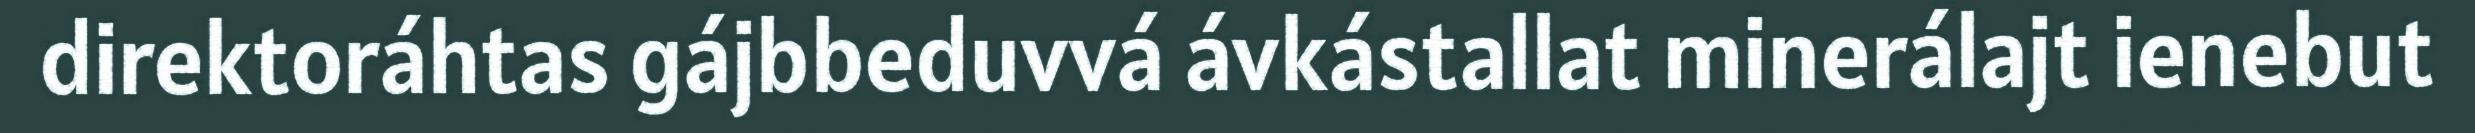
direktoráhtas gájbbeduvvá ávkástallat minerálajt ienebut